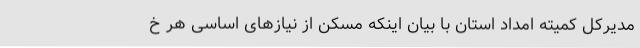
مدیرکل کمیته امداد استان با بیان اینکه مسکن از نیازهای اساسی هر خ